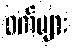
ဝက်များ